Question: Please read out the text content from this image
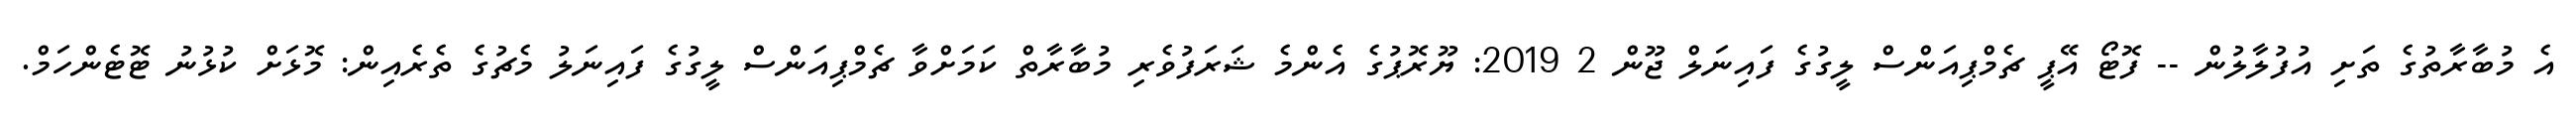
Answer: އެ މުބާރާތުގެ ތަށި އުފުލާލުން -- ފޮޓޯ އޭޕީ ޗެމްޕިއަންސް ލީގުގެ ފައިނަލް ޖޫން 2 2019: ޔޫރޮޕުގެ އެންމެ ޝަރަފުވެރި މުބާރާތް ކަމަށްވާ ޗެމްޕިއަންސް ލީގުގެ ފައިނަލު މެޗުގެ ތެރެއިން: މޮޅަށް ކުޅުނު ޓޮޓެންހަމް.